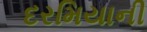
દરમિયાની